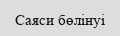
Саяси бөлінуі